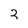
Character: 2